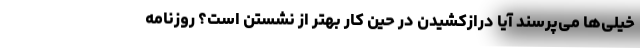
خیلی‌ها می‌پرسند آیا درازکشیدن در حین کار بهتر از نشستن است؟ روزنامه